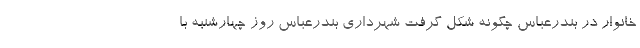
خانوار در بندرعباس چگونه شکل گرفت شهرداری بندرعباس روز چهارشنبه با